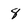
Character: 8